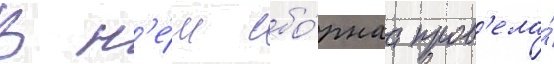
В н'е́м сбо́рнаа пров'ела́